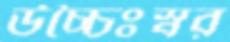
উচ্চৈঃস্বর